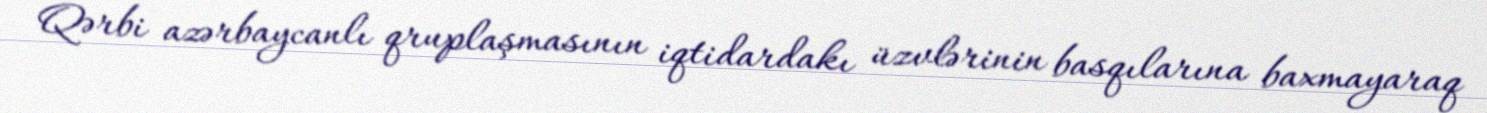
Qərbi azərbaycanlı qruplaşmasının iqtidardakı üzvlərinin basqılarına baxmayaraq